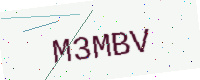
Text: M3MBV